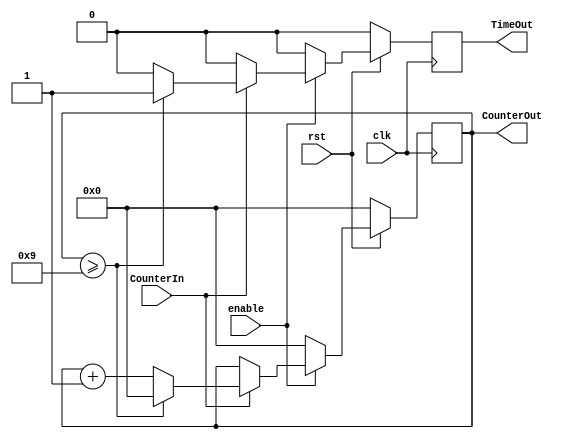
//Course: ECE 6370
//Title: CountTo10
//Description: Counts values from 0 to 10 when the counter input 
//is high. Produces single cycle pulse when CounterOut reaches 10. Retains the CounterOut value when 
//CounterIn becomes low.
//Trial #1, 3/18/19

module CountTo10WD( CounterIn, enable, CounterOut, TimeOut, clk, rst);
	input CounterIn, clk, rst, enable;

	output [3:0] CounterOut;
	reg [3:0] CounterOut;
	output TimeOut;	
	reg TimeOut;

	always@(posedge clk)
		begin
		if(rst==0)
			begin
			TimeOut <=0; 
			CounterOut <=0;
			end
		else
		begin 
			if (enable ==1)
			begin
			if(CounterIn==1)
				begin
				if(CounterOut>=9)
					begin
					TimeOut <=1'b1;
					CounterOut <=0;
					end
				else
					begin
					TimeOut <=0;
					CounterOut <= CounterOut+1'b1;
					end
				end
			else
				begin
				TimeOut <=0;
				CounterOut<=CounterOut;
				end
			end 
			else
			begin
				TimeOut <=0;
				CounterOut <=0;
			end
		end
		end
endmodule